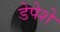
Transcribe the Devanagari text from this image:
डेपेशे